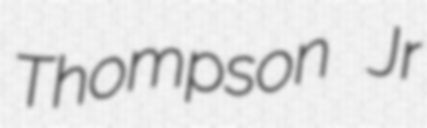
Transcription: Thompson Jr